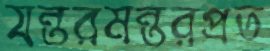
যন্তরমন্তরপ্রত